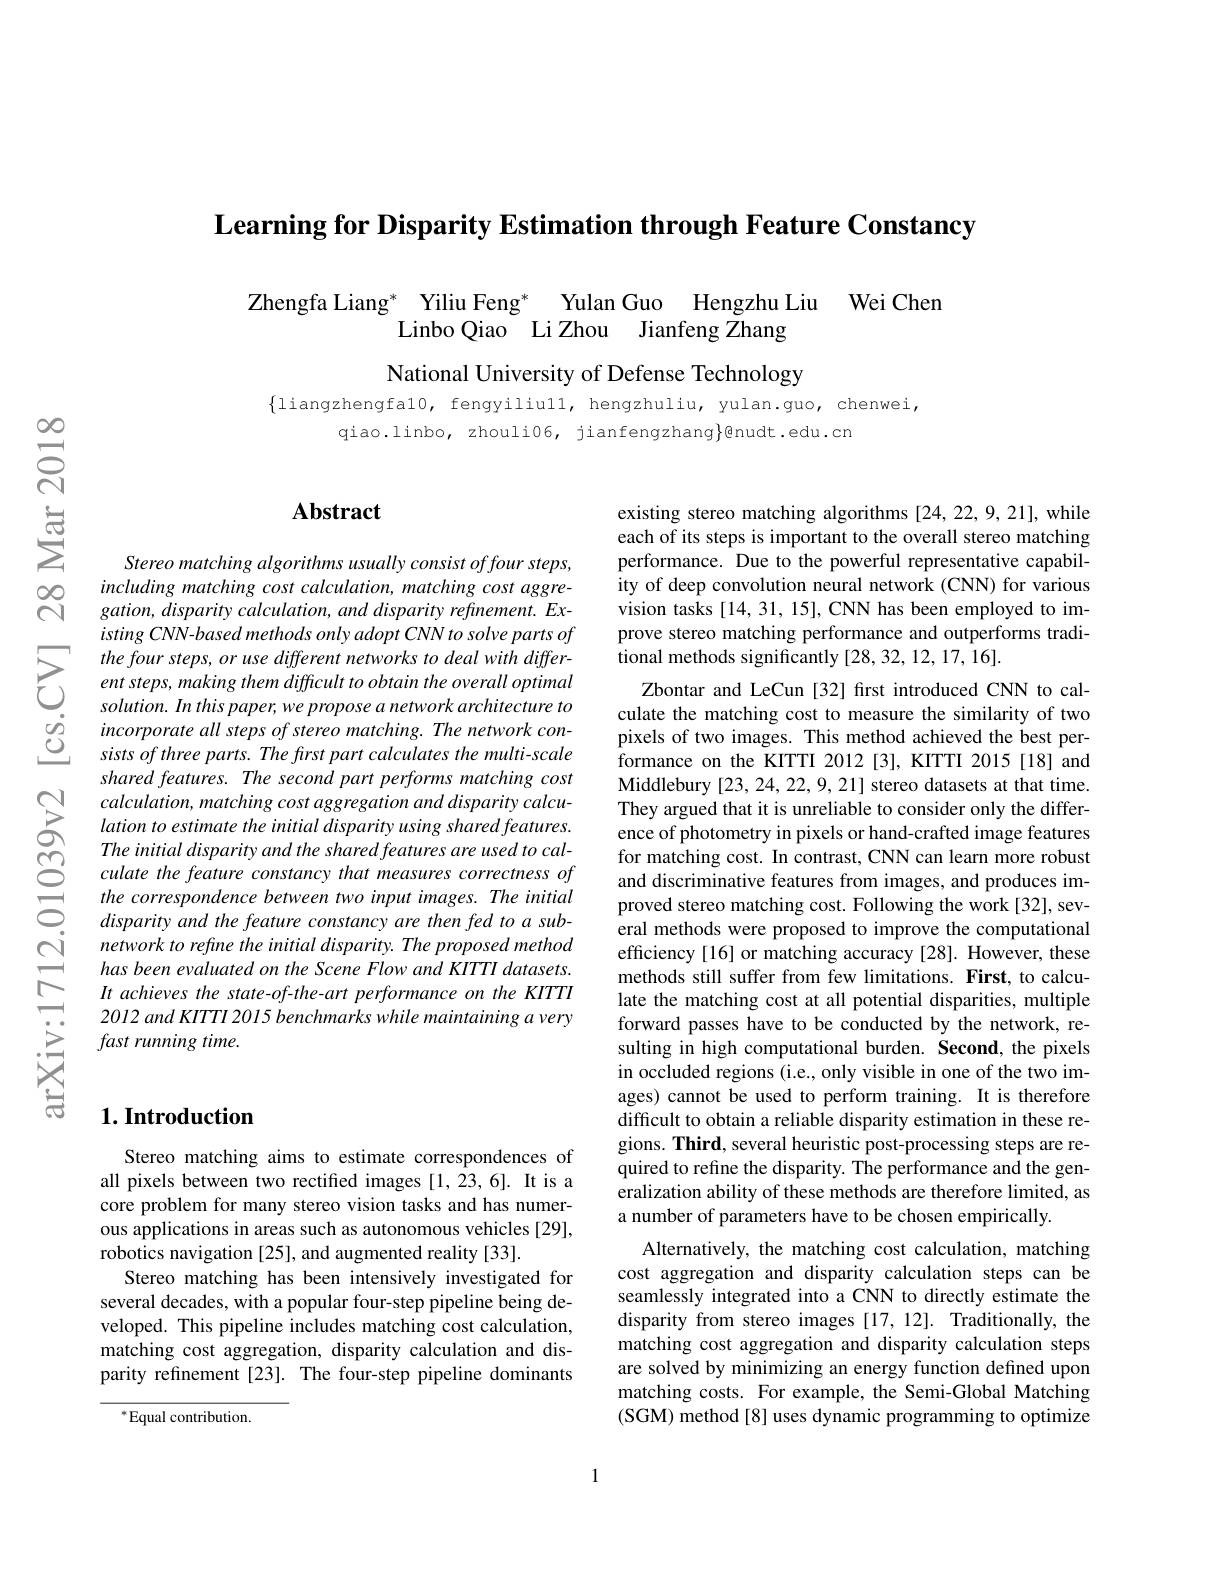
$\textbf{Learning for Disparity Estimation through Feature Constancy}$

Zhengfa Liang$^*\underset{\mathrm{Linbo~Qiao~Li~Zhou~}}{\operatorname*{\text{Yiliu Feng}}}^*\underset{\mathrm{Li~Zhou~}}{\operatorname*{\text{Yulan Guo}}}$Hengzhu Liu Wei Chen

National University of Defense Technology

$\{$liangzhengfa10, fengyiliull, hengzhuliu, yulan.guo, chenwei,
qiao.linbo, zhouli06, jianfe

$ప్రా$

## $\mathbf{Abstract}$

Stereo matching algorithms usually consist offour steps, including matching cost calc gation, disparity calculation, and disparity refinement. Ex- $isting CNN-based methods on$
$\sum_{\begin{array}{cccc}&\text{the four steps,}\end{array}}$
shared features. The second
$\begin{array}{llllllllllll}&\text{calculation, matching cost aggregation and disparity calcu-\\\sum&\text{lation to estimate the initial disparity using shared features.}\\\bigcirc&\text{The initial disparity and the shared features.}\end{array}$
culate the feature constancy that measures correctness of the correspondence between t disparity and the feature constancy are then fed to a sub-
$\begin{aligned}&\begin{array}{ccc}&\text{nerwork to reffme the tinital disparit; The poposcel method}\\&&\text{has been vedulared on the Scene Fowad KTTI datsen.}\\&&\text{H achieves the state-ofthe-art peformance onte KTTII}\\&&\text{S.}\\&&&\text{fast running time.}\\&&&\text{S.}\\&&&\textbf{Lintroduction}\end{array}\\&&\text{Lintrodu}\end{aligned}$

## $1. \textbf{Introduction}$

Stereo matching aims to estimate correspondences of all pixels between two rectified images [1,23,6]. It is a core problem for many stereo vision tasks and has numerous applications in areas such as autonomous vehicles [29], robotics navigation [25], and augmented reality [33].
Stereo matching has been intensively investigated for several decades, with a popular four-step pipeline being developed. This pipeline includes matching cost calculation, matching cost aggregation, disparity calculation and disparity refnement [23]. The four-step pipeline dominants

$^*$Equal contribution.

existing stereo matching algorithms [24,22,9,21], while each of its steps is important to the overall stereo matching performance. Due to the powerful representative capability of deep convolution neural network (CNN) for various vision tasks[14,31,15], CNN has been employed to improve stereo matching performance and outperforms traditional methods significantly [28,32,12,17,16].

Zbontar and LeCun [32] first introduced CNN to calculate the matching cost to measure the similarity of two pixels of two images. This method achieved the best performance on the KITTI 2012[3], KITTI 2015[18] and Middlebury [23, 24, 22, 9, 21] stereo datasets at that time. They argued that it is unreliable to consider only the difference of photometry in pixels or hand-crafted image features for matching cost. In contrast, CNN can learn more robust and discriminative features proved stereo matching cost. Following the work[32], several methods were proposed t efficiency [16] or matching accuracy [28]. However, these methods still suffer from few limitations. First, to calculate the matching cost at al forward passes have to be conducted by the network, resulting in high computational burden. Second, the pixels in occluded regions (i.e., o ages) cannot be used to perform training. It is therefore difficult to obtain a reliab gions. Third, several heuristic post-processing steps are required to refine the disparity. The performance and the generalization ability of these a number of parameters have to be chosen empirically
Alternatively, the matching cost aggregation and disparity calculation steps can seamlessly integrated into a disparity from stereo images [17, 12]. Traditionally, the matching cost aggregation and disparity calculation steps are solved by minimizing an energy function defined upon matching costs. For example, the Semi-Global Matching (SGM) method[8] uses dynamic programming to optimize